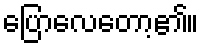
ပြောလေတော့၏။